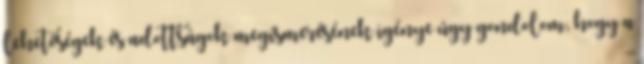
lehetőségek és adottságok megismerésének igénye úgy gondolom, hogy a